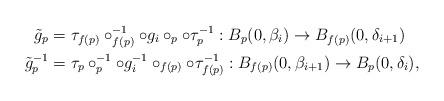
LaTeX: \begin{align*}\tilde{g}_{p}&=\tau_{f(p)}\circ_{f(p)}^{-1}\circ g_{i}\circ_{p}\circ\tau_{p} ^{-1}:B_{p}(0,\beta_{i})\rightarrow B_{f(p)}(0,\delta_{i+1})\\ \quad\tilde{g}_{p}^{-1}&=\tau_{p}\circ_{p}^{-1}\circ g_{i} ^{-1}\circ_{f(p)}\circ\tau_{f(p)} ^{-1}:B_{f(p)}(0,\beta_{i+1})\rightarrow B_{p}(0,\delta_{i}),\end{align*}